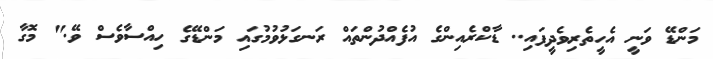
މަންޑޭ ވަނީ އެހީތެރިވެދީފައި.. ޑާކްރެއިންގެ އުފެއްދުންތައް ރަނގަޅުުވުމުގައި މަންޑޭގެ ހިއްސާވެސް ވޭ." މޮގާ